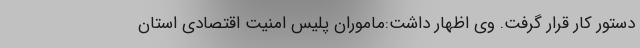
دستور کار قرار گرفت. وی اظهار داشت:ماموران پلیس امنیت اقتصادی استان